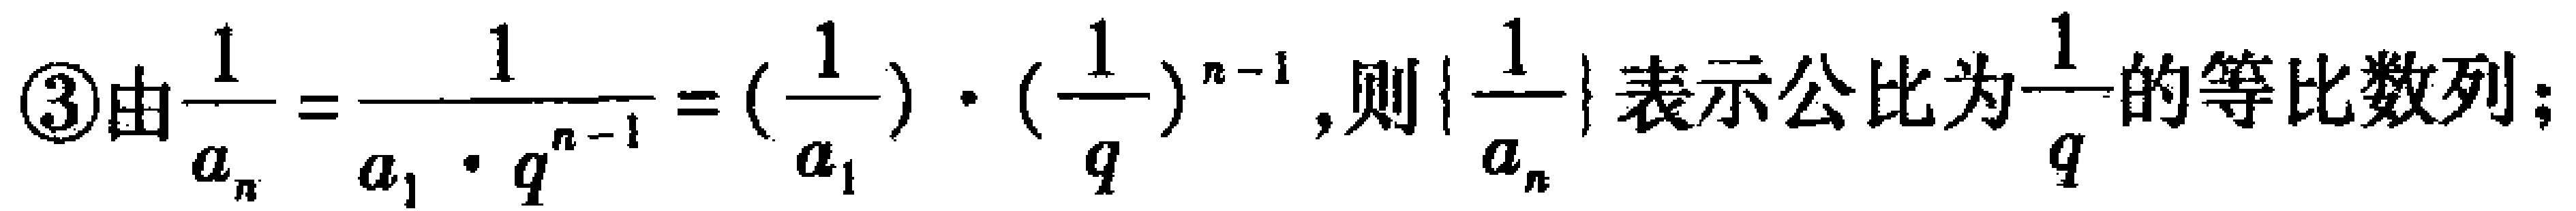
\textcircled{3}由$\frac{1}{a_{n}}=\frac{1}{a_{1}\cdot q^{n - 1}}=(\frac{1}{a_{1}})\cdot(\frac{1}{q})^{n - 1}$,则$\{\frac{1}{a_{n}}\}$表示公比为$\frac{1}{q}$的等比数列；